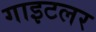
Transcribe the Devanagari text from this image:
गाइटलर